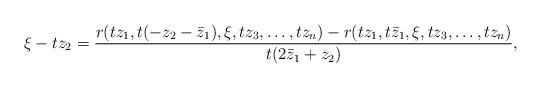
LaTeX: \begin{align*}\xi - t z_2=\frac{r(tz_1,t(-z_2-\bar{z}_1),\xi,t z_3,\ldots, t z_n)- r(tz_1,t\bar{z}_1,\xi,tz_3,\ldots,tz_n)}{t (2 \bar{z}_1 + z_2)} ,\end{align*}